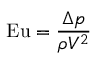
\mathrm { E u } = { \frac { \Delta { } p } { \rho V ^ { 2 } } }